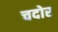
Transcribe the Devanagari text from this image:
चदोर